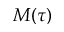
M ( \tau )